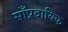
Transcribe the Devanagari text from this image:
साँप्रदायिक